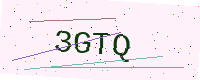
Text: 3GTQ